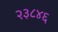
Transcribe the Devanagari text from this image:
२३८४६